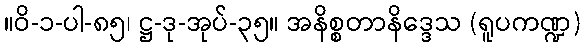
။ဝိ-၁-ပါ-၈၅၊ ဋ္ဌ-ဒု-အုပ်-၃၅။ အနိစ္စတာနိဒ္ဒေသ (ရူပကဏ္ဍ)